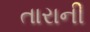
તારાની